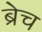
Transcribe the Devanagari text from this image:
ब्रेच